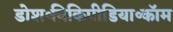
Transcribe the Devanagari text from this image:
डोश॰विकिपीडिया॰कॉम